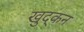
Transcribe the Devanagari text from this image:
खुद्कन